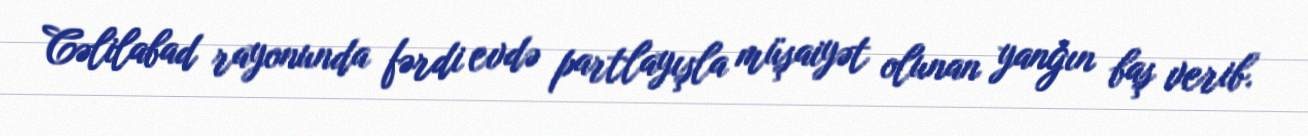
Cəlilabad rayonunda fərdi evdə partlayışla müşaiyət olunan yanğın baş verib.